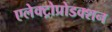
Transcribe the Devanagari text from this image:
एलेक्ट्रोप्रोडक्शन